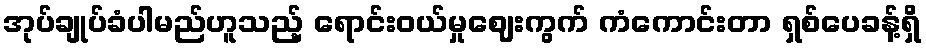
အုပ်ချုပ်ခံပါမည်ဟူသည့် ရောင်းဝယ်မှုဈေးကွက် ကံကောင်းတာ ရှစ်ပေခန့်ရှိ